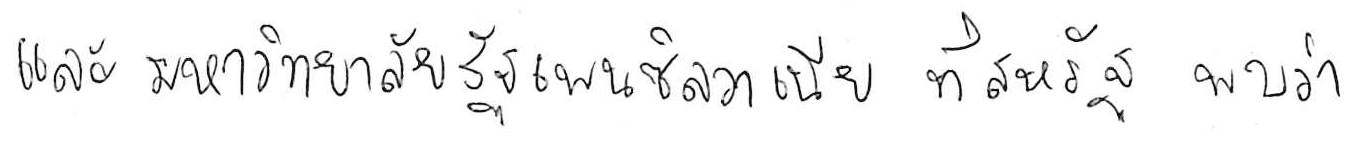
และมหาวิทยาลัยรัฐเพนซิลวาเนีย ที่สหรัฐ พบว่า